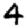
Digit: 4